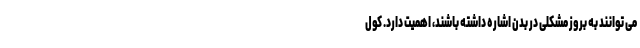
می توانند به بروز مشکلی در بدن اشاره داشته باشند، اهمیت دارد. کول